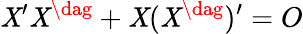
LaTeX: \mathit{X}^{\prime}\mathit{X}^{\dag}+\mathit{X}(\mathit{X}^{\dag})^{\prime}=O